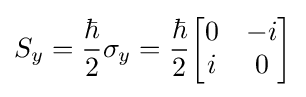
S_{y}={\frac {\hbar }{2}}\sigma _{y}={\frac {\hbar }{2}}{\begin{bmatrix}0&-i\\i&0\end{bmatrix}}